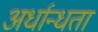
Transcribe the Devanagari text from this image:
अर्धान्धता